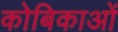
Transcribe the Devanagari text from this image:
कोबिकाओं